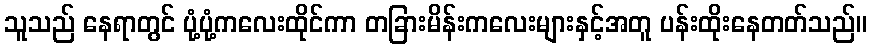
သူသည် နေရာတွင် ပုံ့ပုံ့ကလေးထိုင်ကာ တခြားမိန်းကလေးများနှင့်အတူ ပန်းထိုးနေတတ်သည်။